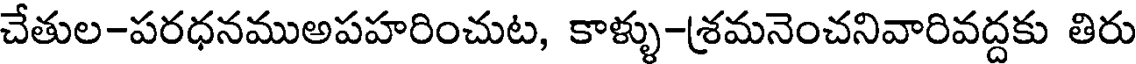
చేతుల-పరధనముఅపహరించుట, కాళ్ళు-శ్రమనెంచనివారివద్దకు తిరు